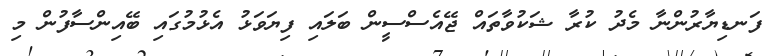
ފަނޑިޔާރުންނާ މެދު ކުރާ ޝަކުވާތައް ޖޭއެސްސީން ބަލައި ފިޔަވަޅު އެޅުމުގައި ބޭއިންސާފުން މި